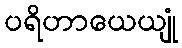
ပရိဟာယေယျုံ